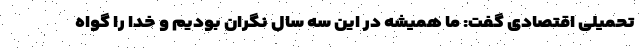
تحمیلی اقتصادی گفت: ما همیشه در این سه سال نگران بودیم و خدا را گواه